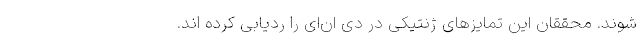
شوند. محققان این تمایز‌های ژنتیکی در دی ان‌ای را ردیابی کرده اند.